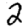
Digit: 2